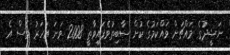
ނަޝީދުގެ މައްޗަށް ވައްކަމުގެ ކުށް ސާބިތުވެފައިވާތީ 2008 ވަނަ އަހަރު ވެސް އެ